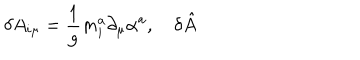
\delta A _ { i \mu } = \frac 1 g m _ { i } ^ { a } \partial _ { \mu } \alpha ^ { a } , \quad \delta \hat { A }